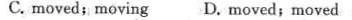
C.moved;moving D. Moved;moved